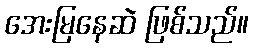
အေးမြနေဆဲ ဖြစ်သည်။